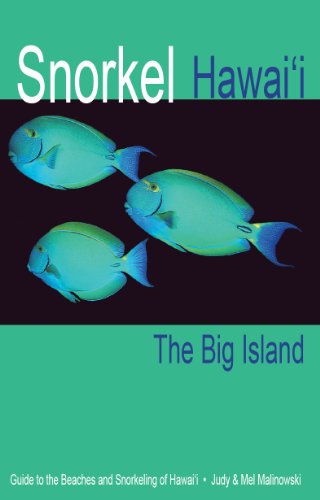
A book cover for Snorkel Hawaii The Big Island Guide to the beaches and snorkeling of Hawaii, 4th Edition; Judy Malinowski; Sports & Outdoors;